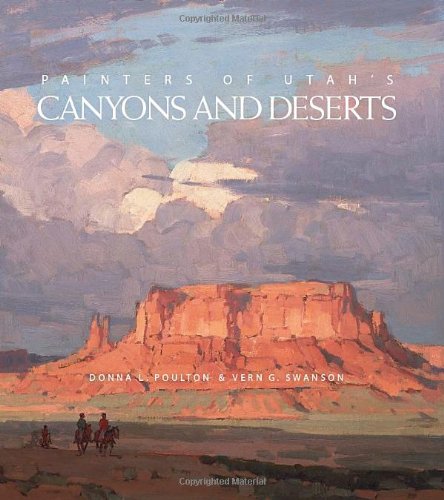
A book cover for Painters of Utah's Canyons and Deserts; Donna L Poulton; Arts & Photography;